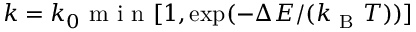
k = k _ { 0 } \mathrm { ~ m ~ i ~ n ~ } [ 1 , \exp ( - \Delta E / ( k _ { \mathrm { ~ B ~ } } T ) ) ]